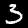
Digit: 3